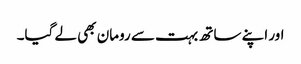
اور اپنے ساتھ بہت سے رومان بھی لے گیا۔